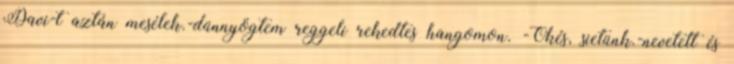
Davi-t aztán mesélek.-dünnyögtem reggeli rekedtes hangomon. -Okés, sietünk.-nevetett és